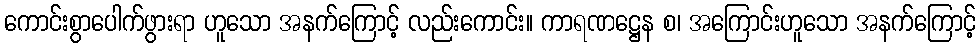
ကောင်းစွာပေါက်ဖွားရာ ဟူသော အနက်ကြောင့် လည်းကောင်း။ ကာရဏဋ္ဌေန စ၊ အကြောင်းဟူသော အနက်ကြောင့်